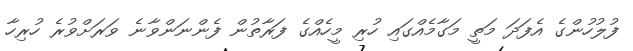
ފުލުހުންގެ އެފަދަ މަތީ މަގާމެއްގައި ހުރި މީހެއްގެ ފަރާތުން ފެންނަންވާނެ ވަރަށްވުރެ ހުރިހާ